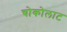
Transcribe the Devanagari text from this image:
चोकोलाट